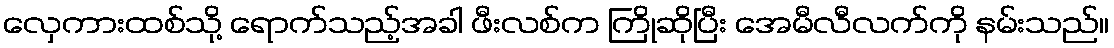
လှေကားထစ်သို့ ရောက်သည့်အခါ ဖီးလစ်က ကြိုဆိုပြီး အေမီလီလက်ကို နမ်းသည်။